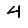
Digit: 4